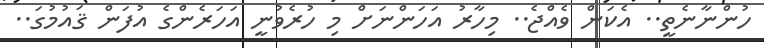
ހުންނާނެތީ.. އެކަން ވެއްޖެ.. މިހާރު އަހަންނަށް މި ހުރެވުނީ އަހަރެންގެ އުފަން ޤައުމުގަ..